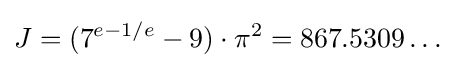
J=(7^{e-1/e}-9)\cdot \pi ^{2}=867.5309\ldots